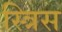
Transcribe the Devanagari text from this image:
स्त्रिस